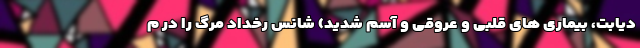
دیابت، بیماری های قلبی و عروقی و آسم شدید) شانس رخداد مرگ را در م